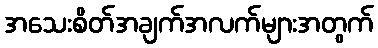
အသေးစိတ်အချက်အလက်များအတွက်